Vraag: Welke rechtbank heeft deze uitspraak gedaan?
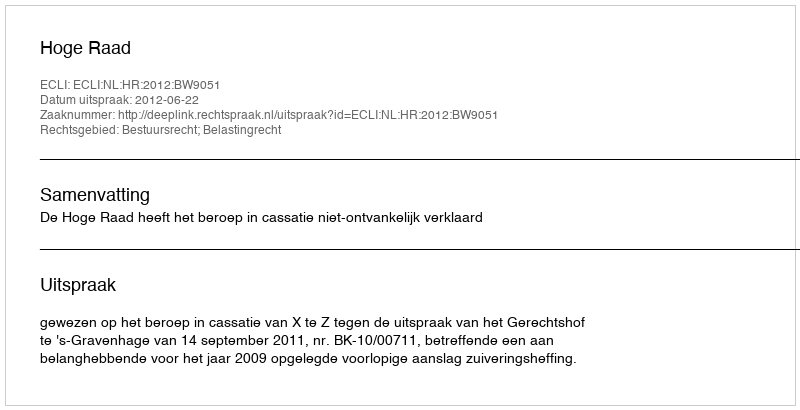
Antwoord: Hoge Raad